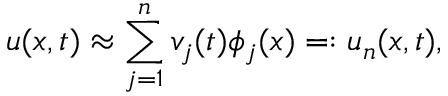
u ( x , t ) \approx \sum _ { j = 1 } ^ { n } { v } _ { j } ( t ) \phi _ { j } ( x ) = : u _ { n } ( x , t ) ,